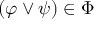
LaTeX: ( \varphi \lor \psi ) \in \Phi